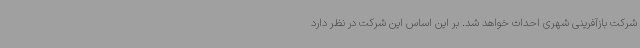
شرکت بازآفرینی شهری احداث خواهد شد.‌ بر این اساس این شرکت در نظر دارد